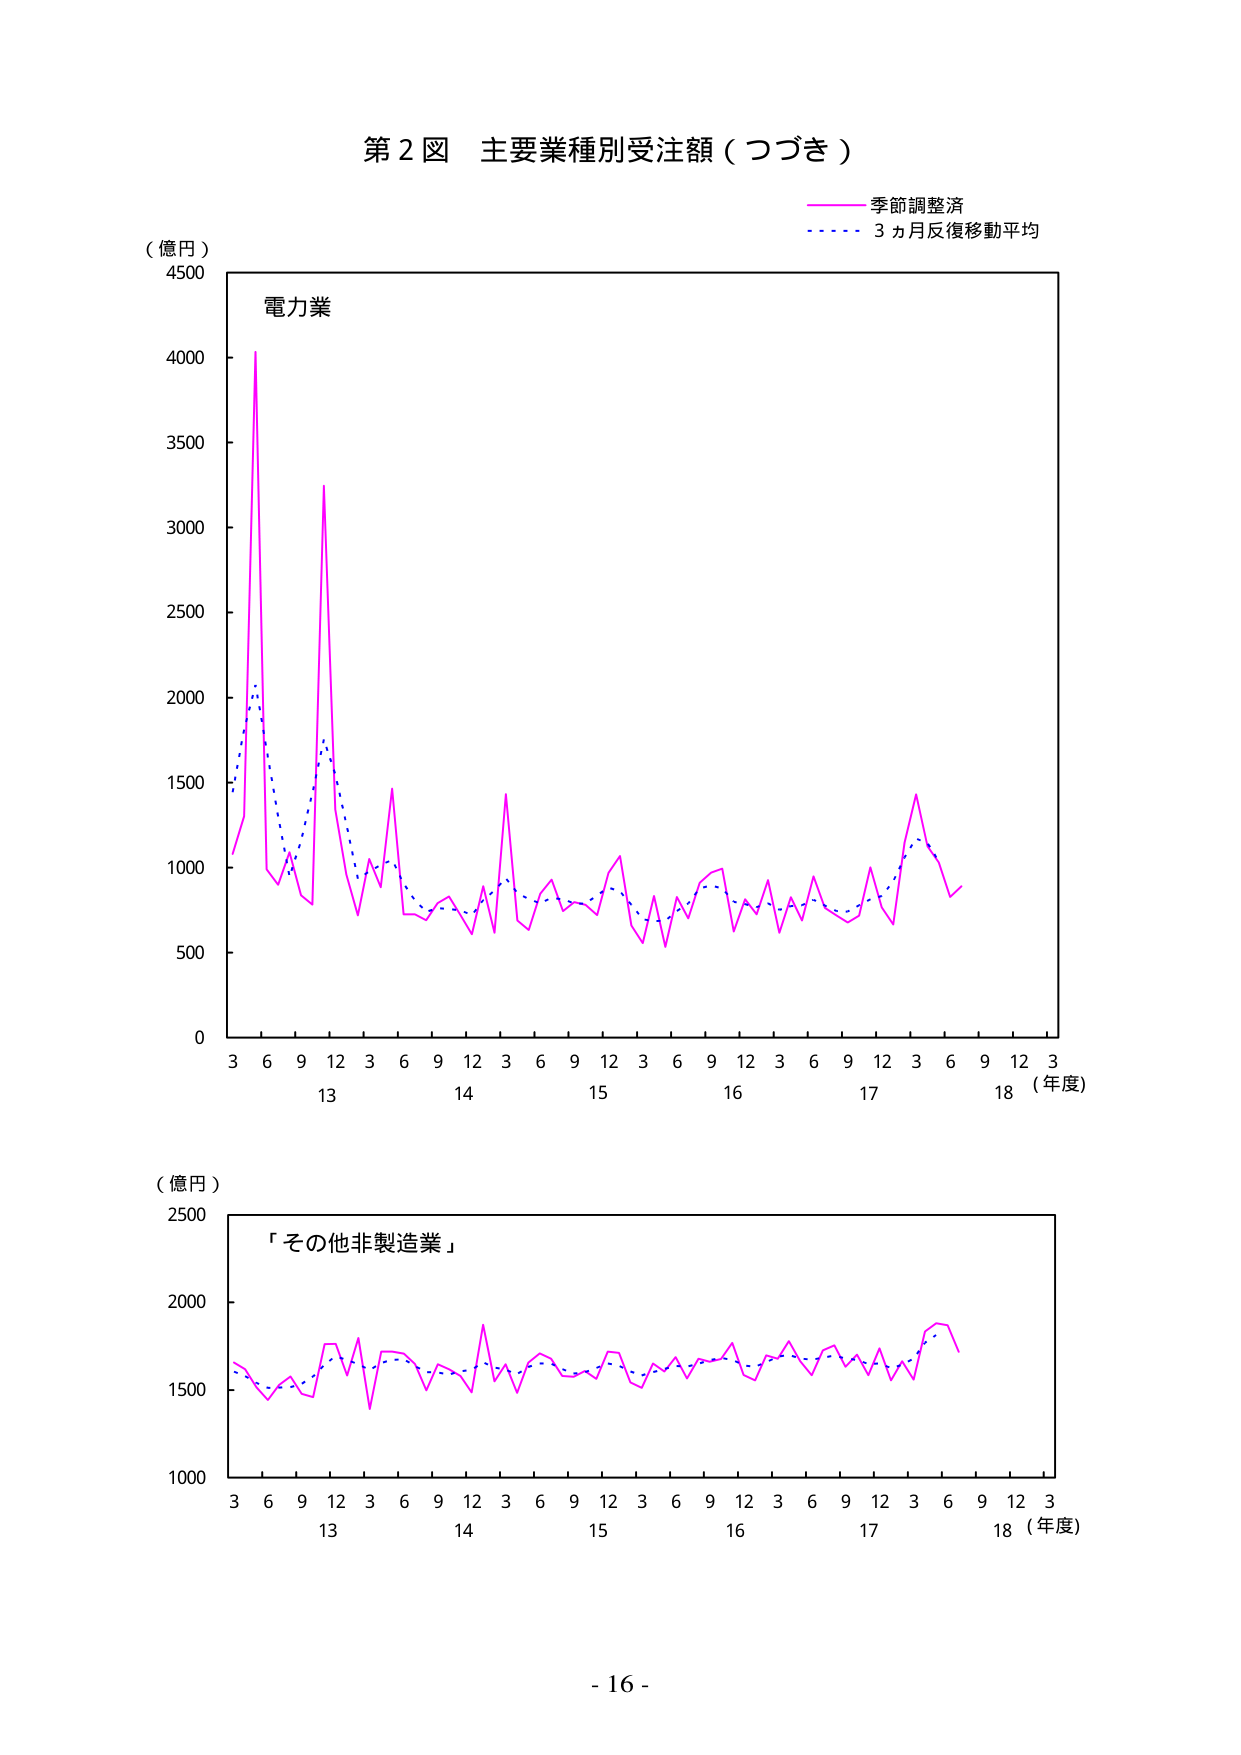
第２図 主要業種別受注額（つづき）

（億円）
4500
4000
3500
3000
2500
2000
1500
1000
500
0

電力業

季節調整済
3ヵ月反復移動平均

3 6 9 12 3 6 9 12 3 6 9 12 3 6 9 12 3 6 9 12 3
13 14 15 16 17 18（年度）

（億円）
2500
2000
1500
1000

「その他非製造業」

3 6 9 12 3 6 9 12 3 6 9 12 3 6 9 12 3 6 9 12 3
13 14 15 16 17 18（年度）

- 16 -